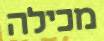
מכילה